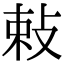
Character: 𭣴